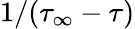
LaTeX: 1/(\tau_{\infty}-\tau)